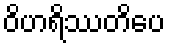
ဝိဟရိဿတိပေ